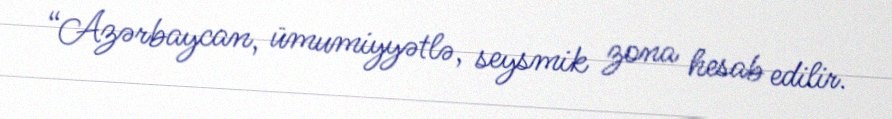
“Azərbaycan, ümumiyyətlə, seysmik zona hesab edilir.